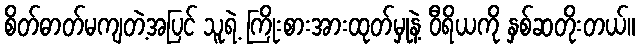
စိတ်ဓာတ်မကျတဲ့အပြင် သူရဲ့ ကြိုးစားအားထုတ်မှုနဲ့ ဝီရိယကို နှစ်ဆတိုးတယ်။